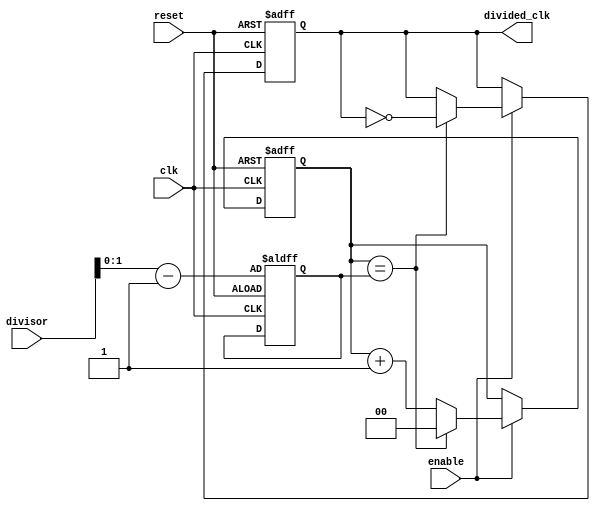
module dual_modulus_clock_divider (
    input wire clk,               // Input clock signal
    input wire reset,             // Reset signal
    input wire enable,            // Enable signal
    input wire [2:0] divisor,     // Programmable division factor
    output wire divided_clk       // Output divided clock signal
);

reg [1:0] counter;                // Counter for dual modulus division
reg [1:0] modulus;                // Modulus value based on divisor

always @ (posedge clk or posedge reset) begin
    if (reset) begin
        counter <= 2'b0;
        modulus <= divisor - 1;
        divided_clk <= 1'b0;
    end else if (enable) begin
        counter <= counter + 1;
        if (counter == modulus) begin
            counter <= 2'b0;
            divided_clk <= ~divided_clk;
        end
    end
end

endmodule